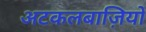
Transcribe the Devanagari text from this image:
अटकलबाज़ियों